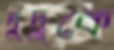
দুদুকে